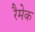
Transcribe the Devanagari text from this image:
रैमेक